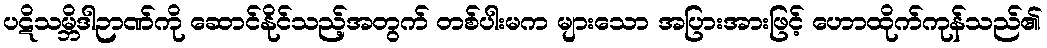
ပဋိသမ္ဘိဒါဉာဏ်ကို ဆောင်နိုင်သည့်အတွက် တစ်ပါးမက များသော အပြားအားဖြင့် ဟောထိုက်ကုန်သည်၏